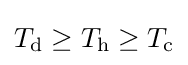
T_{\text{d}}\geq T_{\text{h}}\geq T_{\text{c}}